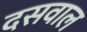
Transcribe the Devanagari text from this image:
दसवाल